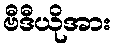
ဗီဒီယိုအား